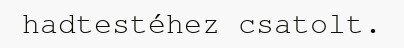
hadtestéhez csatolt.